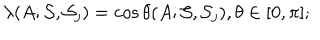
\lambda ( A ; { \cal S } , { \cal S } _ { j } ) = \cos \theta ( A ; { \cal S } , { \cal S } _ { j } ) , \theta \in [ 0 , \pi ] ;